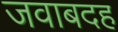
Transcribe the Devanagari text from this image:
जवाबदह